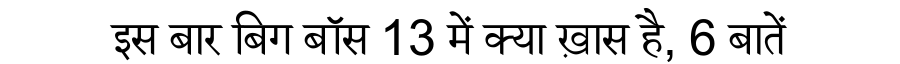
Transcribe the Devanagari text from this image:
इस बार बिग बॉस 13 में क्या ख़ास है, 6 बातें